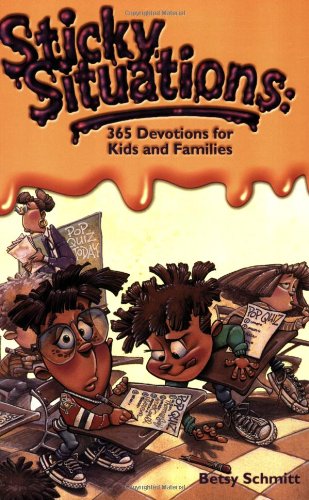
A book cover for Sticky Situations: 365 Devotions for Kids and Families; Betsy Schmitt; Parenting & Relationships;